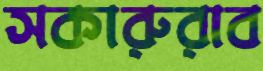
সকারুরাব